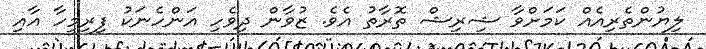
ލިޔުންތެރިއެއް ކަމަށްވާ ޝިރިޝް ތޮރާތު އެވެ. ޒުވާން ދިވެހި އަންހެނަކު ފިރިމީހާ އާއި